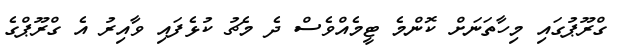
ގްރޫޕުގައި މިހާތަނަށް ކޮންމެ ޓީމެއްވެސް ދެ މެޗު ކުޅެފައި ވާއިރު އެ ގްރޫޕްގެ